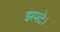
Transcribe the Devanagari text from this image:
झपटे।